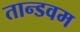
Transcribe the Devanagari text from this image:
तान्डवम